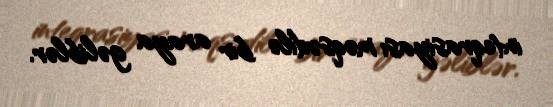
inteqrasiyası məqsədilə bir araya gəliblər.